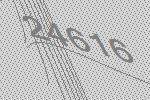
24616